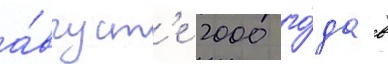
а́вгуст'е 2000 го́да в